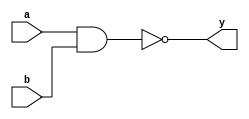
module nand_gate_behavioral (
       input a,
       input b,
       output y
   );
       assign y = ! ( a && b ); 
endmodule